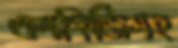
এলপিজিসহ